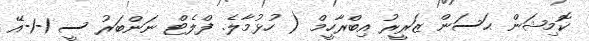
ކޮމިޝަން ޙަސަން ޒަރީރު އިބްރާހީމް ( ހުޅުމާލެ. ފްލެޓް ނަންބަރު ސީ 1-1-އޭ